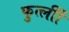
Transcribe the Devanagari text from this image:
फुर्त्लीी